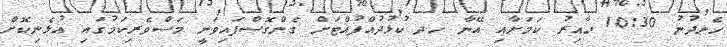
ހެނދުނު 10:30 ހާއިރު ކަމަށާއި އޭނާ ހދ ކުޅުދުއްފުއްޓަށް ގެންގޮސްފައިވަނީ މަސްވެރިކަމުގައި އުޅެނިކޮށް